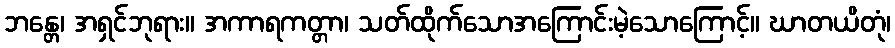
ဘန္တေ၊ အရှင်ဘုရား။ အကာရကတ္တာ၊ သတ်ထိုက်သောအကြောင်းမဲ့သောကြောင့်။ ဃာတယိတုံ၊